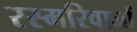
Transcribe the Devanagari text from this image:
रस्मरिवाजों